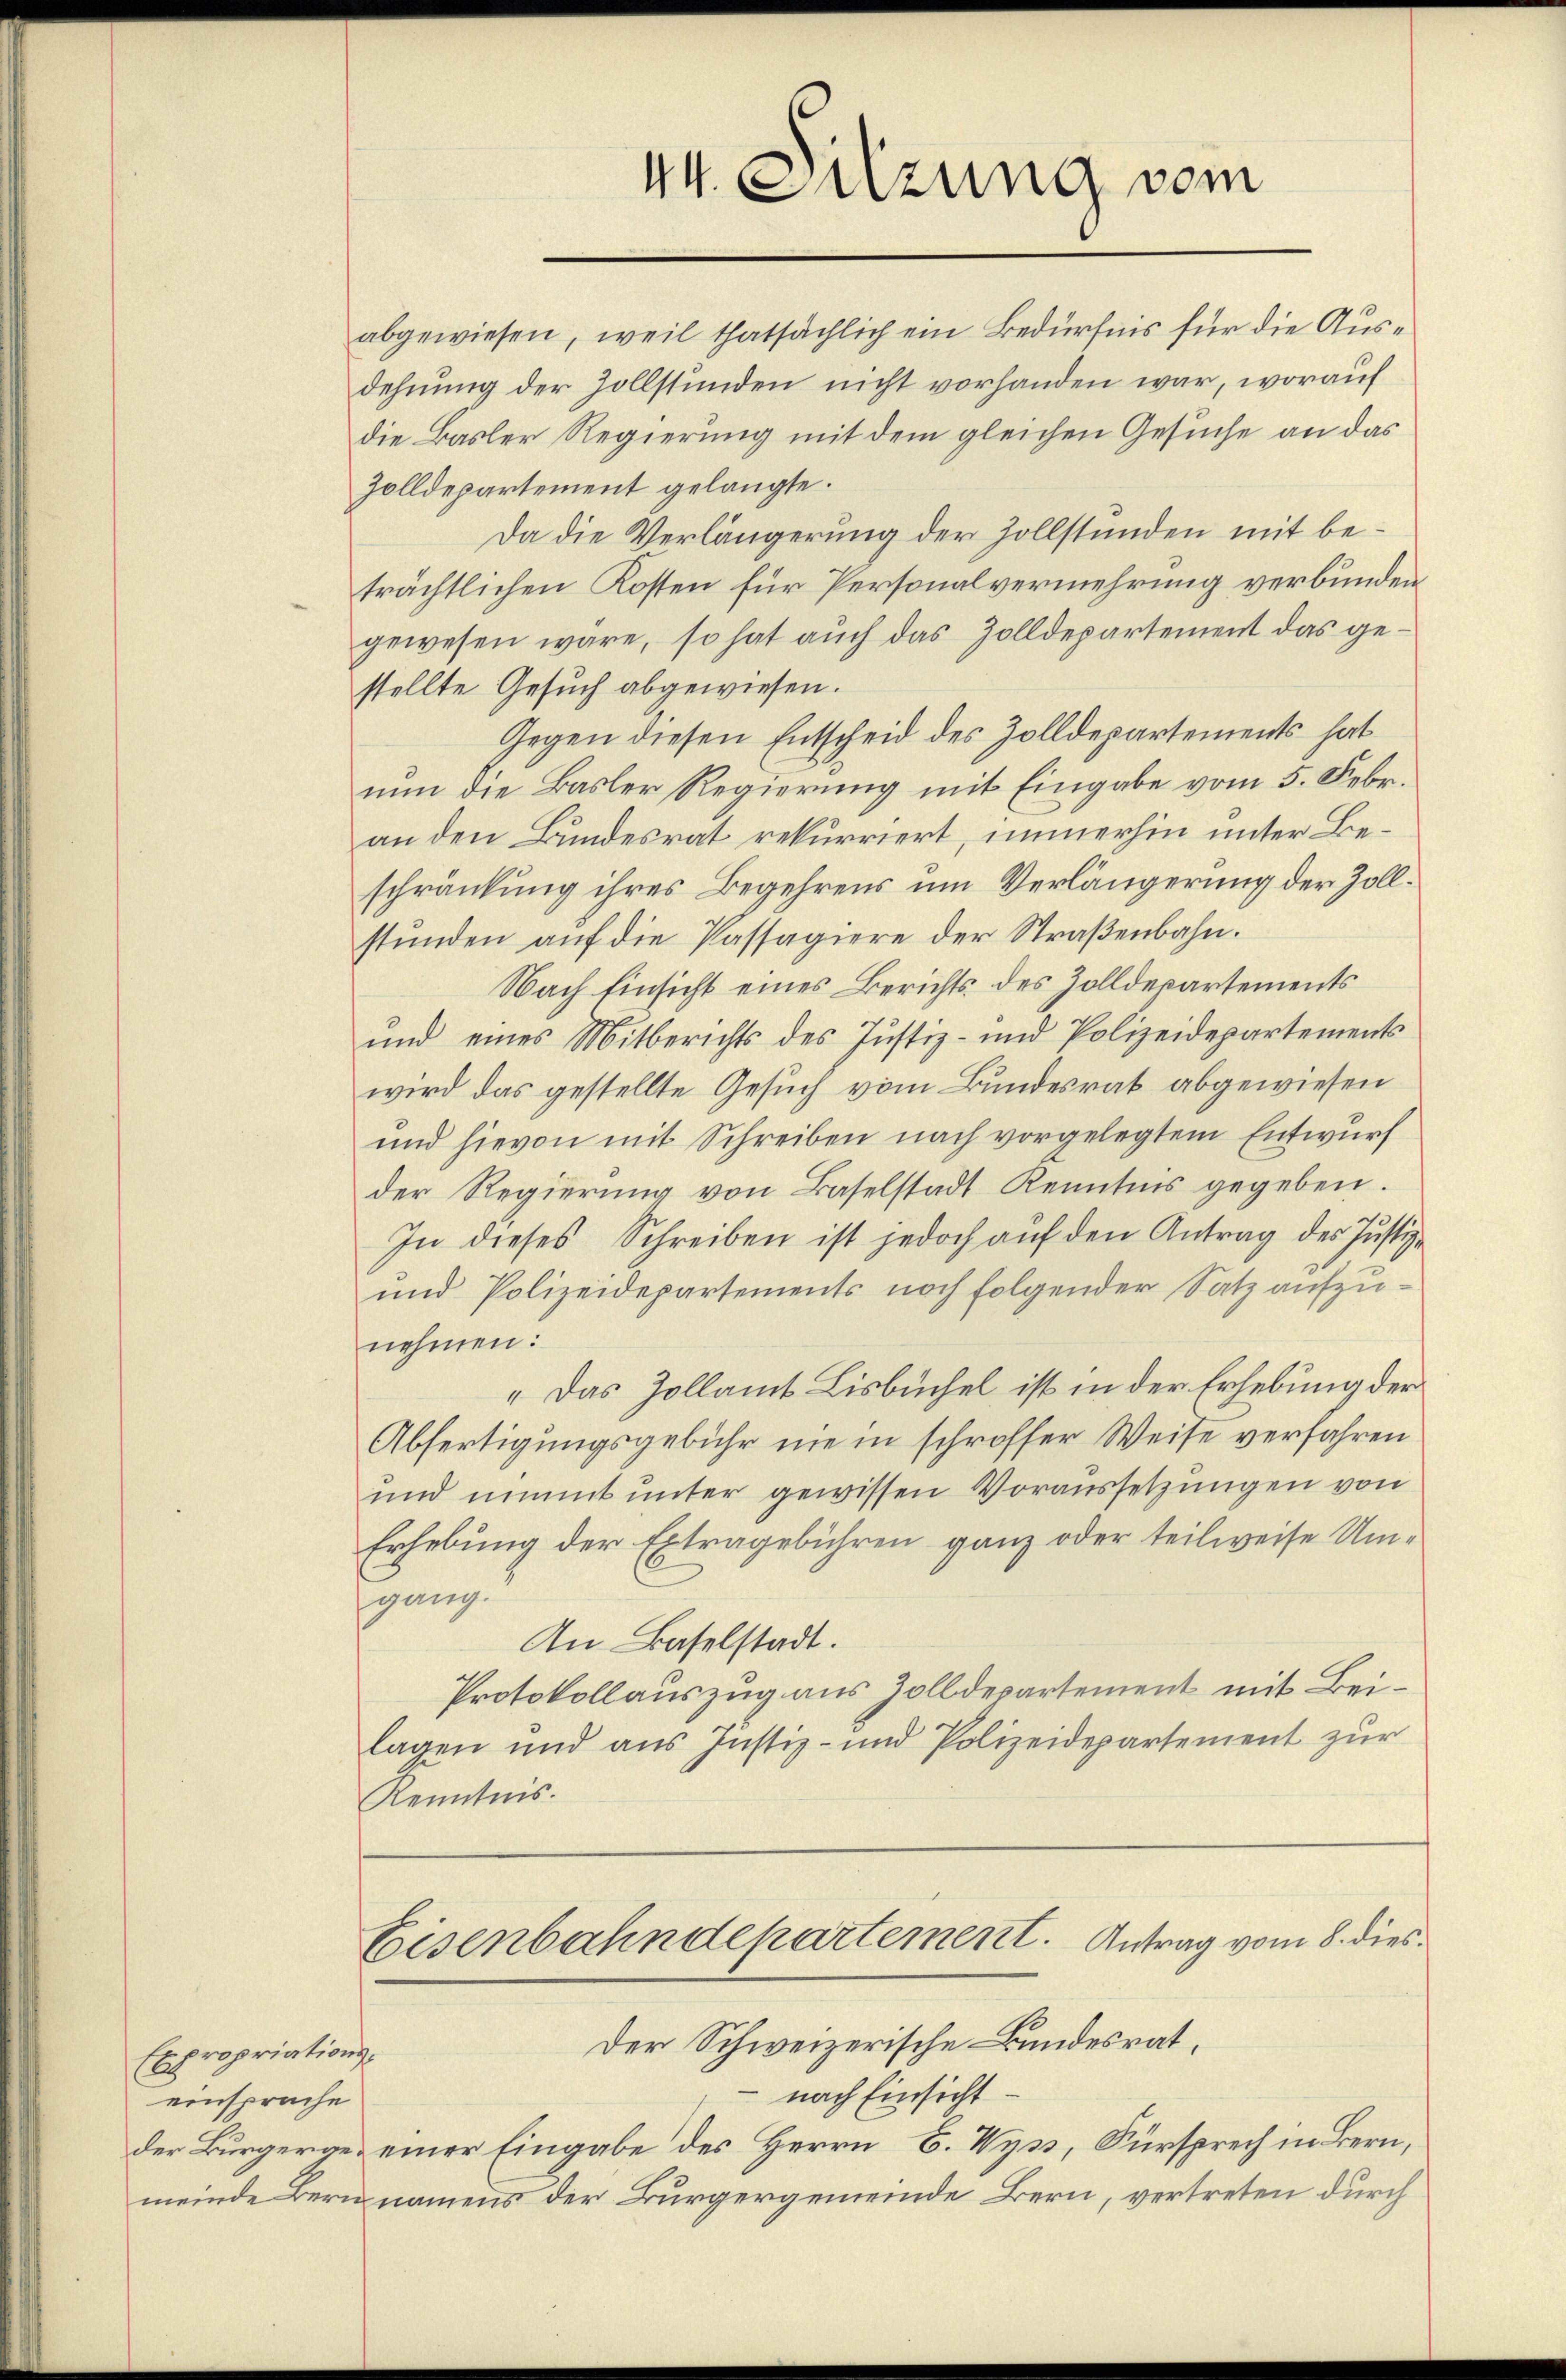
Expropriationseinsprache

44. Sitzung vom

abgewiesen, weil thatsächlich ein Bedürfnis für die Ausdehnung der Zollstunden nicht vorhanden war, worauf
die Basler Regierung mit dem gleichen Gesuche an das
Zolldepartement gelangte.
Da die Verlängerung der Zollstunden mit beträchtlichen Kosten für Personalvermehrung verbunden,
gewesen wäre, so hat auch das Zolldepartement das gestellte Gesuch abgewiesen.
Gegen diesen Entscheid des Zolldepartements hat
nun die Basler Regierung mit Eingabe vom 5. Febr.
an den Bundesrat rekurriert, immerhin unter Beschränkung ihres Begehrens um Verlängerung der Zollstunden auf die Passagiere der Straßenbahn.
Nach Einsicht eines Berichts des Zolldepartements
und eines Mitberichts des Justiz- und Polizeidepartements
wird das gestellte Gesuch vom Bundesrat abgewiesen
und hievon mit Schreiben nach vorgelegtem Entwurf
der Regierŭng von Baselstadt Kenntnis gegeben.
In dieses Schreiben ist jedoch auf den Antrag des Justiz-
und Polizeidepartements noch folgender Satz aufzunehmen:
„Das Zollamt Lisbuchel ist in der Erhebung der
Abfertigungsgebühr nie in schroffer Weise verfahren
und nimmt unter gewissen Voraussetzungen von
Erhebung der Extragebühren ganz oder teilweise Umgang.
An Baselstadt.
Protokollauszug aus Zolldepartement mit Beilagen und aus Justiz- und Polizeidepartement zur
Kenntnis.
Eisenbahndepartement. Antrag vom 8. dies¬
Der Schweizerische Bundesrat,
 nach Einsicht
der Bürgergen einer Eingabe des Herrn C. Wyss, Fürsprech in Bern,
meinde Bern namens der Bürgergemeinde Bern, vertreten durch